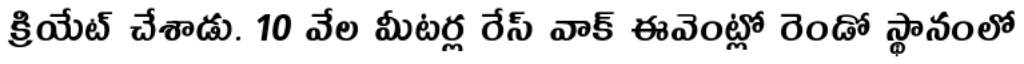
క్రియేట్ చేశాడు. 10 వేల మీటర్ల రేస్ వాక్ ఈవెంట్లో రెండో స్థానంలో